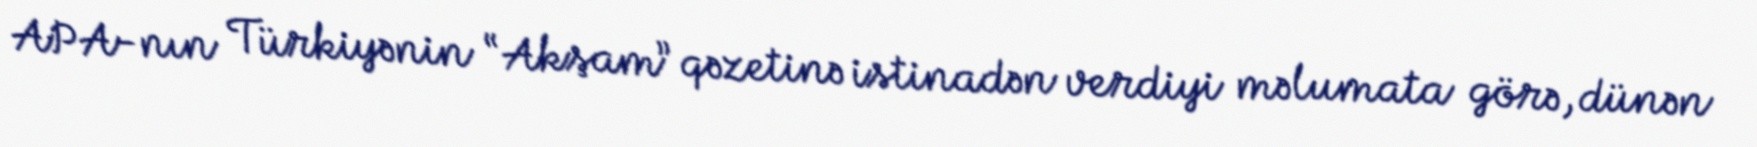
APA-nın Türkiyənin “Akşam” qəzetinə istinadən verdiyi məlumata görə, dünən